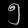
Digit: ၅